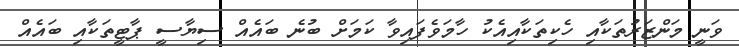
ވަނީ މަންޒަރުތަކާއި ހެކިތަކާއިއެކު ހާމަވެފައިވާ ކަމަށް ބުނެ ބައެއް ސިޔާސީ ޕާޓީތަކާއި ބައެއް